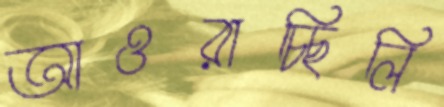
আওরাচ্ছিলি